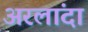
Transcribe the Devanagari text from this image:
अरलांदा